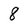
Character: 8